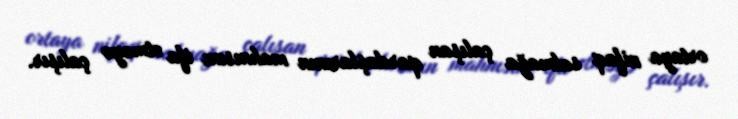
ortaya nifaq salmağa çalışan qardaşlarının mahnısını ifa etməyə çalışır.